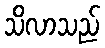
သိလာသည်